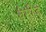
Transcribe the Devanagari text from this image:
वैमीज